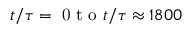
t / \tau = \mathrm { ~ 0 ~ t ~ o ~ } t / \tau \approx 1 8 0 0